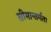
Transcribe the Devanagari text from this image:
सीमान्तर्गत।